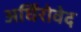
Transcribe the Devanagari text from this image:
अर्घिंरोवेद